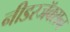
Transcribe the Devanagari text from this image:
नीडरजॅक्सन